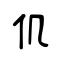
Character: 仉